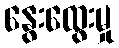
နွေးထွေးမှု